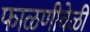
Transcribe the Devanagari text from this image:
फाळणीवेळी